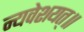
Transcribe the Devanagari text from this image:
न्यवेशयत्॥